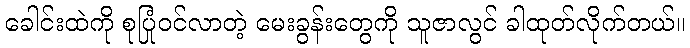
ခေါင်းထဲကို စုပြုံဝင်လာတဲ့ မေးခွန်းတွေကို သူဇာလွင် ခါထုတ်လိုက်တယ်။